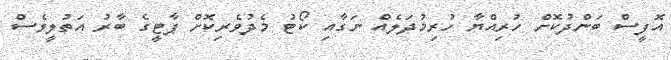
އޮފީސް ބަންދުކޮށް ހުރިއްޔާ ހުރިމުދަލެއް ނަގާއި ކޯޓު މެދުވެރިކޮށް ޕާޓީގެ ބާރު އަތުލީވެސް